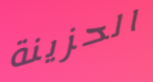
الحزينة